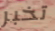
تخبر